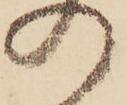
の